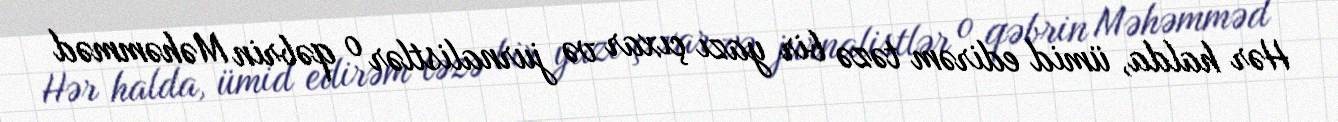
Hər halda, ümid edirəm təzə bir yazı çıxar və jurnalistlər o qəbrin Məhəmməd